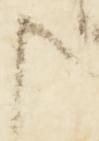
申